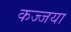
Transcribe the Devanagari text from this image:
कज्जया